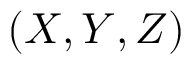
\left( X , Y , Z \right)